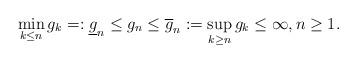
LaTeX: \begin{align*} \min_{k\leq n}g_k=:\underline{g}_n\leq g_n\leq \overline{g}_n:=\sup_{k\geq n}g_k\leq\infty, n\geq1.\end{align*}